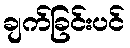
ချက်ခြင်းပင်